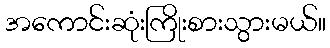
အကောင်းဆုံးကြိုးစားသွားမယ်။